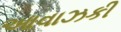
આવાઝકી